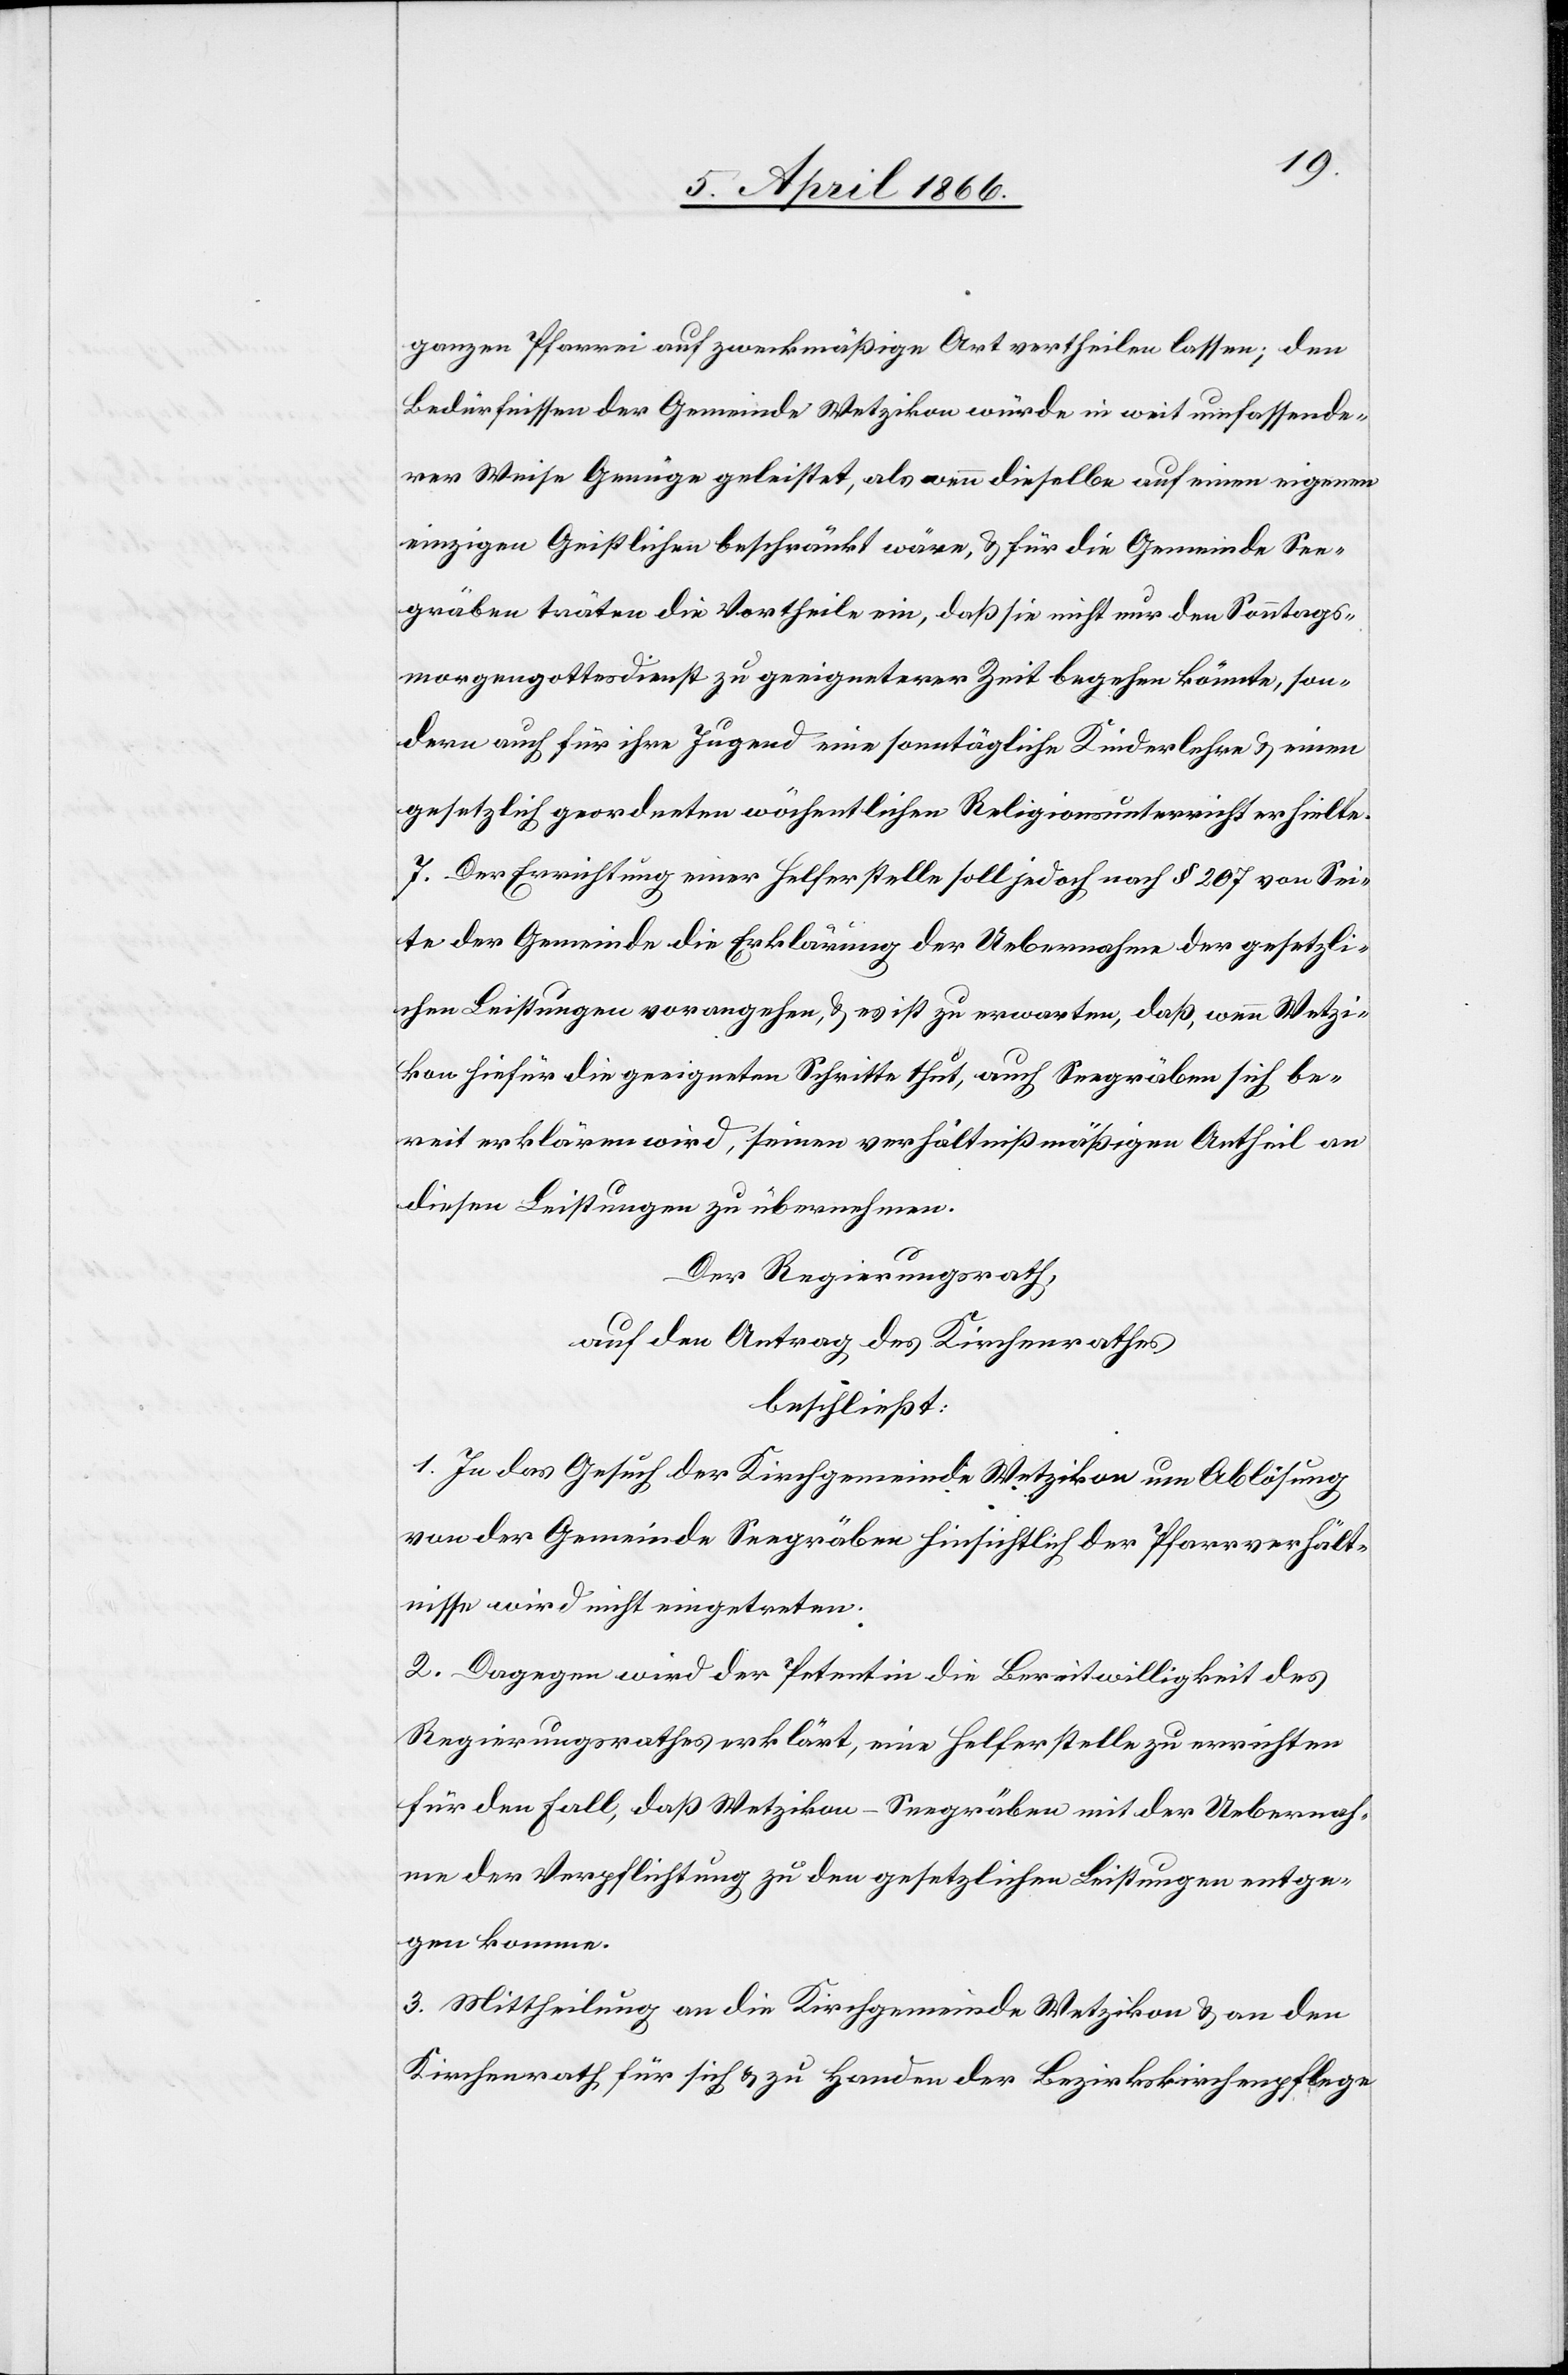
ganzen Pfarrei auf zweckmäßige Art vertheilen lassen; den
Bedürfnissen der Gemeinde Wetzikon würde in weit umfassende¬
rer Weise Genüge geleistet, als wenn dieselbe auf einen eigenen
einzigen Geistlichen beschränkt wäre, u. für die Gemeinde See¬
gräben träten die Vortheile ein, daß sie nicht nur den Sonntags¬
morgengottesdienst zu geeigneterer Zeit begehen könnte, son¬
dern auch für ihre Jugend eine sonntägliche Kinderlehre u. einen
gesetzlich geordneten wöchentlichen Religionsunterricht erhielte.
7. Der Errichtung einer Helferstelle soll jedoch nach § 207 von Sei¬
te der Gemeinde die Erklärung, der Uebernahme der gesetzli¬
chen Leistungen vorangehen, u. es ist zu erwarten, daß, wenn Wetzi¬
kon hiefür die geeigneten Schritte thut, auch Seegräben sich be¬
reit erklären wird, seinen verhältnißmäßigen Antheil an
diesen Leistungen zu übernehmen.
Der Regierungsrath,
auf den Antrag des Kirchenrathes,
beschließt:
1. In das Gesuch der Kirchgemeinde Wetzikon um Ablösung
von der Gemeinde Seegräben hinsichtlich der Pfarrverhält¬
nisse wird nicht eingetreten.
2. Dagegen wird der Petentin die Bereitwilligkeit des
Regierungsrathes erklärt, eine Helferstelle zu errichten
für den Fall, daß Wetzikon-Seegräben mit der Uebernah¬
me der Verpflichtung zu den gesetzlichen Leistungen entge¬
gen komme.
3. Mittheilung an die Kirchgemeinde Wetzikon u. an den
Kirchenrath für sich u. zu Handen der Bezirkskirchenpflege